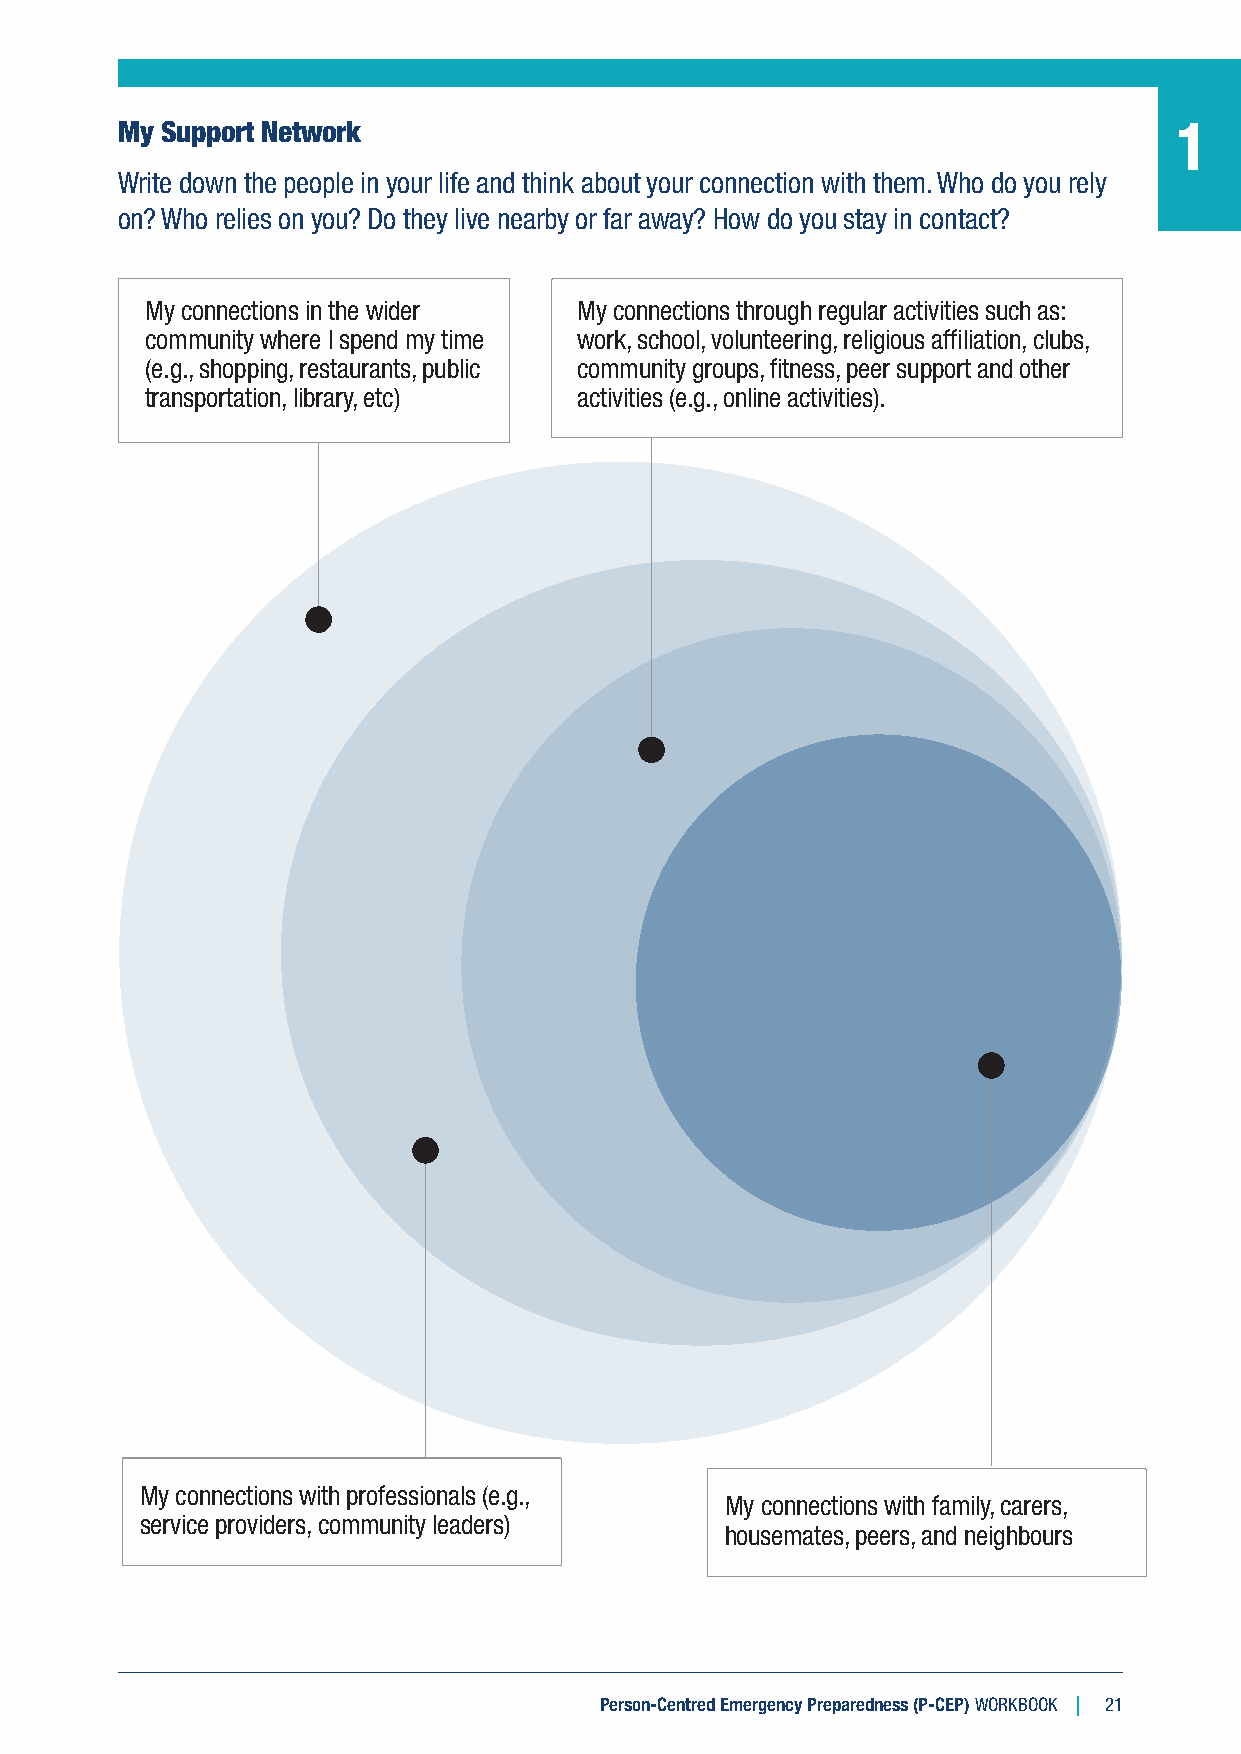
My Support Network                                                    1
 Write down the people in your life and think about your connection with them. Who do you rely
 on? Who relies on you? Do they live nearby or far away? How do you stay in contact?
 My connections in the wider My connections through regular activities such as:
 community where I spend my time work, school, volunteering, religious affiliation, clubs,
 (e.g., shopping, restaurants, public community groups, fitness, peer support and other
 transportation, library, etc) activities (e.g., online activities).
 My connections with professionals (e.g.,
 My connections with family, carers,
 service providers, community leaders)
 housemates, peers, and neighbours
 Person-Centred Emergency Preparedness (P-CEP) WORKBOOK 21